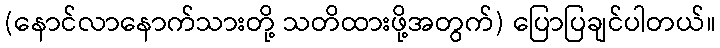
(နောင်လာနောက်သားတို့ သတိထားဖို့အတွက်) ပြောပြချင်ပါတယ်။